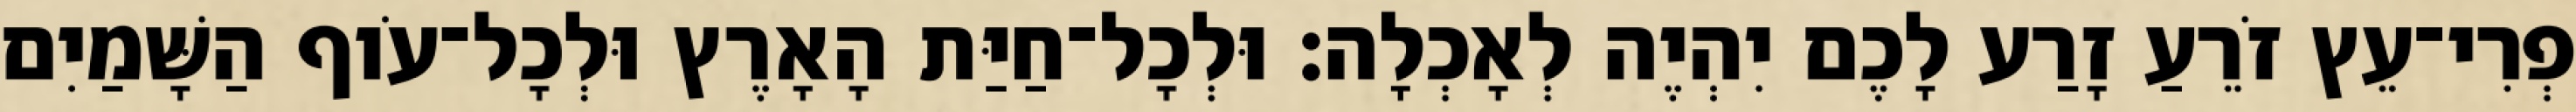
פְרִי־עֵץ זֹרֵעַ זָרַע לָכֶם יִהְיֶה לְאָכְלָה׃ וּלְכָל־חַיַּת הָאָרֶץ וּלְכָל־עֹוף הַשָּׁמַיִם